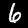
Label: 6